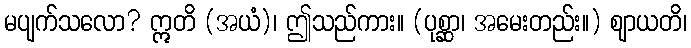
မပျက်သလော? ဣတိ (အယံ)၊ ဤသည်ကား။ (ပုစ္ဆာ၊ အမေးတည်း။) ဈာယတိ၊